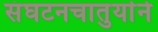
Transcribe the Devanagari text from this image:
संघटनचातुर्याने